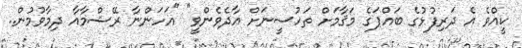
ކީއްވެ އެ ދަރިފުޅުގެ ބައްޕަގެ މަޤާމަށް ތަހުސީނަށް އާދެވެންވީ" "އަހަންނާ ރޭޝްމާއާ ދިމާވުމުން..